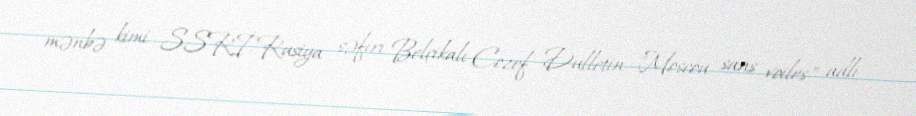
mənbə kimi SSRİ-Rusiya səfiri Belçikalı Cozef Dulletin "Moscou sans voiles" adlı